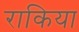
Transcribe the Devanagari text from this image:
राकिया